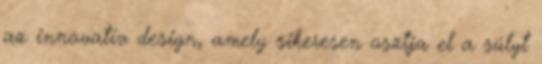
az innovatív design, amely sikeresen osztja el a súlyt